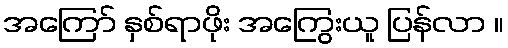
အကြော် နှစ်ရာဖိုး အကြွေးယူ ပြန်လာ ။